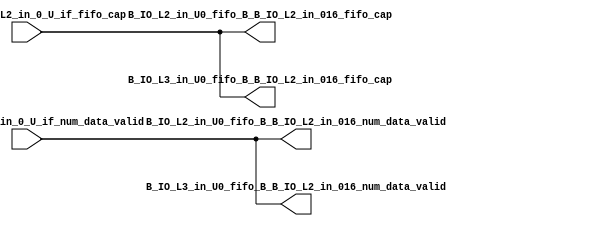
// ==================================================
// RTL generated by RapidStream
//
// Copyright 2024 RapidStream Design Automation, Inc.
// All Rights Reserved.
// ==================================================
`timescale 1 ns / 1 ps
module __rs_kernel3_aux_split_aux_42 #(
    parameter C_S_AXI_CONTROL_DATA_WIDTH  = 32,
    parameter C_S_AXI_CONTROL_ADDR_WIDTH  = 6,
    parameter C_S_AXI_DATA_WIDTH          = 32,
    parameter C_M_AXI_GMEM_A_ID_WIDTH     = 1,
    parameter C_M_AXI_GMEM_A_ADDR_WIDTH   = 64,
    parameter C_M_AXI_GMEM_A_DATA_WIDTH   = 512,
    parameter C_M_AXI_GMEM_A_AWUSER_WIDTH = 1,
    parameter C_M_AXI_GMEM_A_ARUSER_WIDTH = 1,
    parameter C_M_AXI_GMEM_A_WUSER_WIDTH  = 1,
    parameter C_M_AXI_GMEM_A_RUSER_WIDTH  = 1,
    parameter C_M_AXI_GMEM_A_BUSER_WIDTH  = 1,
    parameter C_M_AXI_GMEM_A_USER_VALUE   = 0,
    parameter C_M_AXI_GMEM_A_PROT_VALUE   = 0,
    parameter C_M_AXI_GMEM_A_CACHE_VALUE  = 3,
    parameter C_M_AXI_DATA_WIDTH          = 32,
    parameter C_M_AXI_GMEM_B_ID_WIDTH     = 1,
    parameter C_M_AXI_GMEM_B_ADDR_WIDTH   = 64,
    parameter C_M_AXI_GMEM_B_DATA_WIDTH   = 512,
    parameter C_M_AXI_GMEM_B_AWUSER_WIDTH = 1,
    parameter C_M_AXI_GMEM_B_ARUSER_WIDTH = 1,
    parameter C_M_AXI_GMEM_B_WUSER_WIDTH  = 1,
    parameter C_M_AXI_GMEM_B_RUSER_WIDTH  = 1,
    parameter C_M_AXI_GMEM_B_BUSER_WIDTH  = 1,
    parameter C_M_AXI_GMEM_B_USER_VALUE   = 0,
    parameter C_M_AXI_GMEM_B_PROT_VALUE   = 0,
    parameter C_M_AXI_GMEM_B_CACHE_VALUE  = 3,
    parameter C_M_AXI_GMEM_C_ID_WIDTH     = 1,
    parameter C_M_AXI_GMEM_C_ADDR_WIDTH   = 64,
    parameter C_M_AXI_GMEM_C_DATA_WIDTH   = 512,
    parameter C_M_AXI_GMEM_C_AWUSER_WIDTH = 1,
    parameter C_M_AXI_GMEM_C_ARUSER_WIDTH = 1,
    parameter C_M_AXI_GMEM_C_WUSER_WIDTH  = 1,
    parameter C_M_AXI_GMEM_C_RUSER_WIDTH  = 1,
    parameter C_M_AXI_GMEM_C_BUSER_WIDTH  = 1,
    parameter C_M_AXI_GMEM_C_USER_VALUE   = 0,
    parameter C_M_AXI_GMEM_C_PROT_VALUE   = 0,
    parameter C_M_AXI_GMEM_C_CACHE_VALUE  = 3,
    parameter C_S_AXI_CONTROL_WSTRB_WIDTH = 4,
    parameter C_S_AXI_WSTRB_WIDTH         = 4,
    parameter C_M_AXI_GMEM_A_WSTRB_WIDTH  = 64,
    parameter C_M_AXI_WSTRB_WIDTH         = 4,
    parameter C_M_AXI_GMEM_B_WSTRB_WIDTH  = 64,
    parameter C_M_AXI_GMEM_C_WSTRB_WIDTH  = 64
) (
    output wire [1:0] B_IO_L2_in_U0_fifo_B_B_IO_L2_in_016_fifo_cap,
    output wire [1:0] B_IO_L2_in_U0_fifo_B_B_IO_L2_in_016_num_data_valid,
    output wire [1:0] B_IO_L3_in_U0_fifo_B_B_IO_L2_in_016_fifo_cap,
    output wire [1:0] B_IO_L3_in_U0_fifo_B_B_IO_L2_in_016_num_data_valid,
    input wire  [1:0] fifo_B_B_IO_L2_in_0_U_if_fifo_cap,
    input wire  [1:0] fifo_B_B_IO_L2_in_0_U_if_num_data_valid
);
assign B_IO_L2_in_U0_fifo_B_B_IO_L2_in_016_fifo_cap = fifo_B_B_IO_L2_in_0_U_if_fifo_cap;
assign B_IO_L2_in_U0_fifo_B_B_IO_L2_in_016_num_data_valid = fifo_B_B_IO_L2_in_0_U_if_num_data_valid;
assign B_IO_L3_in_U0_fifo_B_B_IO_L2_in_016_fifo_cap = fifo_B_B_IO_L2_in_0_U_if_fifo_cap;
assign B_IO_L3_in_U0_fifo_B_B_IO_L2_in_016_num_data_valid = fifo_B_B_IO_L2_in_0_U_if_num_data_valid;
endmodule